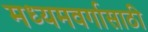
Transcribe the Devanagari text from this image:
मध्यमवर्गासाठी